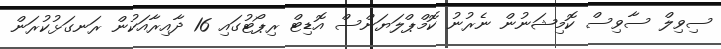
ސިވިލް ސާވިސް ކޮމިޝަނުން ނެރުނު ކޮމްޕްލަޔަންސް އޮޑިޓް ރިޕޯޓުގައި 16 ދާއިރާއަކުން ރަނގަޅުކުރަން